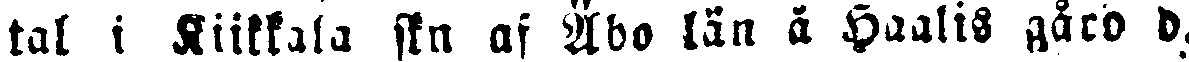
tal i Riikkala skn af Åbo län å Haalis gård d.